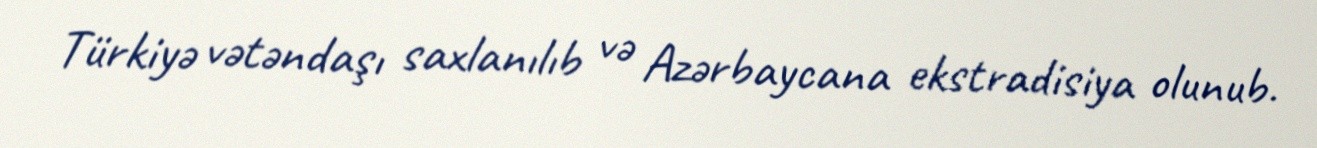
Türkiyə vətəndaşı saxlanılıb və Azərbaycana ekstradisiya olunub.